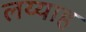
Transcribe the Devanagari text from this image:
लय्याह